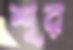
শূর